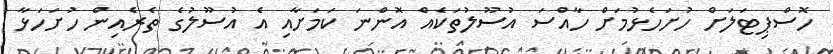
ހޮސްޕިޓަލަށް ހުށަހެޅުމަށް ހާއްސަ އުސޫލުތަކެއް އޮންނަ ކަމަށާއި އެ އުސޫލުގެ ތެރެއިން ހުށަހަޅާ